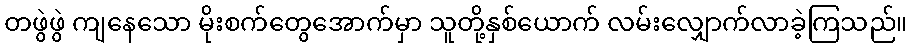
တဖွဲဖွဲ ကျနေသော မိုးစက်တွေအောက်မှာ သူတို့နှစ်ယောက် လမ်းလျှောက်လာခဲ့ကြသည်။